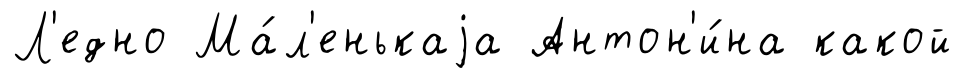
Л'едно Ма́л'енькаjа Антон'и́на какой